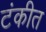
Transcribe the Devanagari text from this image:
टंकीत